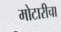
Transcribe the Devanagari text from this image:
मोटारीचा